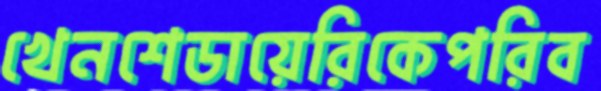
খেনশেডায়েরিকেপরিব